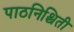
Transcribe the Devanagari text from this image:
पाठनिश्चिती